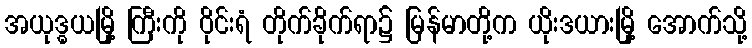
အယုဒ္ဓယမြို့ ကြီးကို ဝိုင်းရံ တိုက်ခိုက်ရာ၌ မြန်မာတို့က ယိုးဒယားမြို့ အောက်သို့